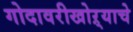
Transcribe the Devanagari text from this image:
गोदावरीखोऱ्याचे